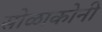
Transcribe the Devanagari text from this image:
सोळाकोनी